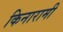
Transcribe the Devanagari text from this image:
किनारामी